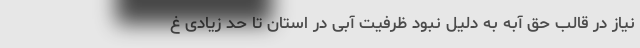
نیاز در قالب حق آبه به دلیل نبود ظرفیت آبی در استان تا حد زیادی غ